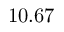
1 0 . 6 7